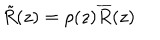
\tilde { R } ( z ) = \rho ( z ) \overline { { R } } ( z )